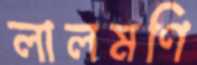
লালমণি